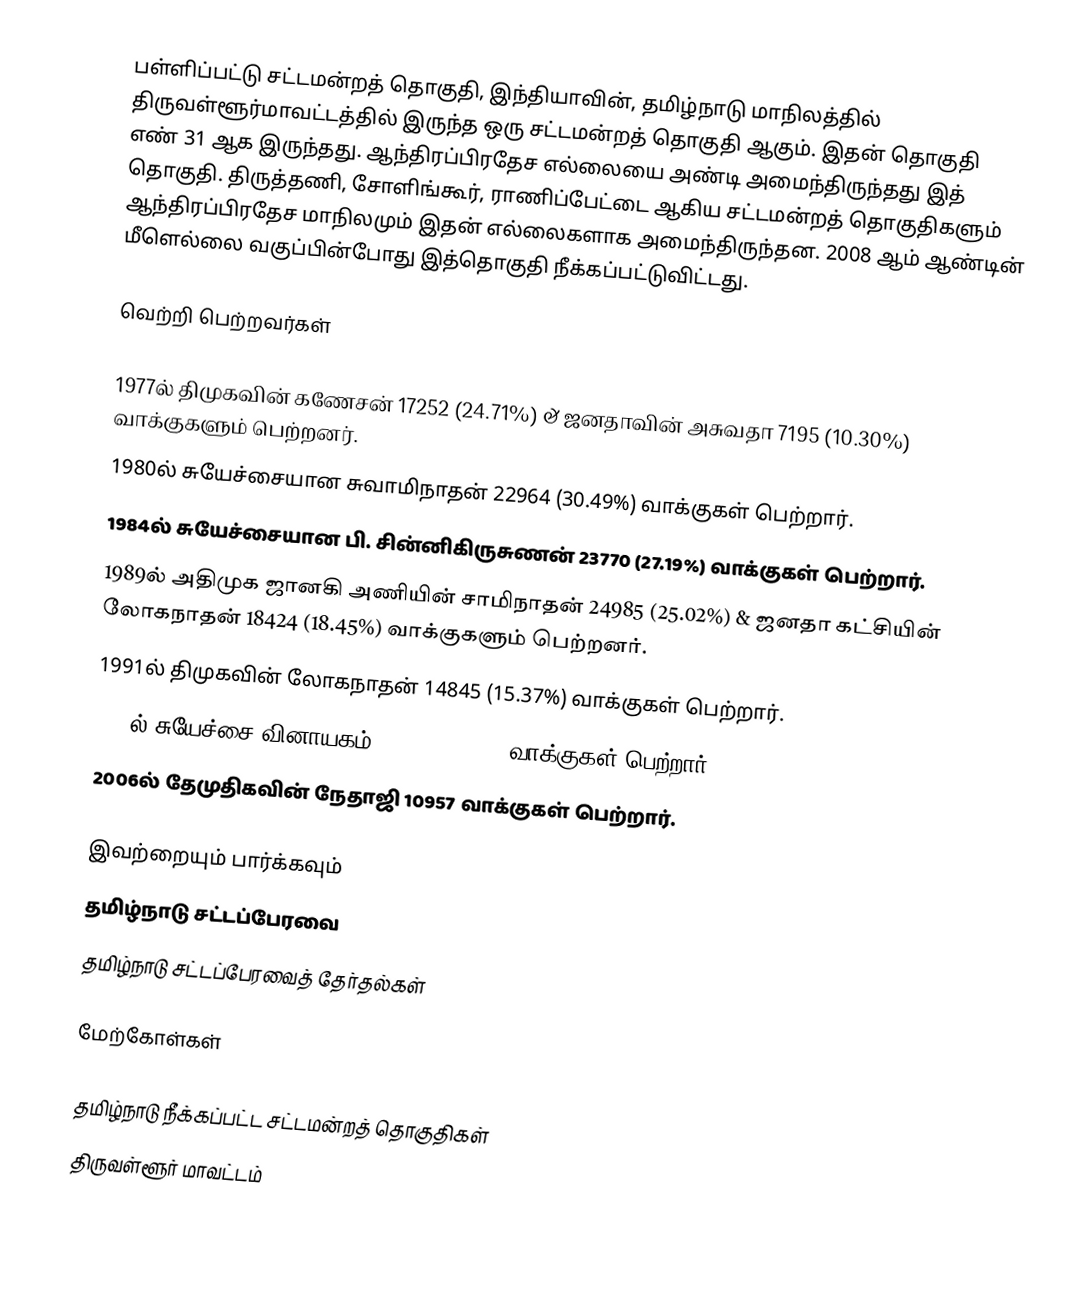
பள்ளிப்பட்டு சட்டமன்றத் தொகுதி, இந்தியாவின், தமிழ்நாடு மாநிலத்தில்  திருவள்ளூர்மாவட்டத்தில் இருந்த ஒரு சட்டமன்றத் தொகுதி ஆகும். இதன் தொகுதி எண் 31 ஆக இருந்தது. ஆந்திரப்பிரதேச எல்லையை அண்டி அமைந்திருந்தது இத் தொகுதி. திருத்தணி, சோளிங்கூர், ராணிப்பேட்டை ஆகிய சட்டமன்றத் தொகுதிகளும் ஆந்திரப்பிரதேச மாநிலமும் இதன் எல்லைகளாக அமைந்திருந்தன. 2008 ஆம் ஆண்டின் மீளெல்லை வகுப்பின்போது இத்தொகுதி நீக்கப்பட்டுவிட்டது.

வெற்றி பெற்றவர்கள்

1977ல் திமுகவின் கணேசன் 17252 (24.71%) & ஜனதாவின் அசுவதா 7195 (10.30%) வாக்குகளும் பெற்றனர்.
1980ல் சுயேச்சையான சுவாமிநாதன் 22964 (30.49%) வாக்குகள் பெற்றார்.
1984ல் சுயேச்சையான பி. சின்னிகிருசுணன் 23770 (27.19%) வாக்குகள் பெற்றார்.
1989ல் அதிமுக ஜானகி அணியின் சாமிநாதன் 24985 (25.02%) & ஜனதா கட்சியின் லோகநாதன் 18424 (18.45%) வாக்குகளும் பெற்றனர்.
1991ல் திமுகவின் லோகநாதன் 14845 (15.37%) வாக்குகள் பெற்றார்.
2001ல் சுயேச்சை வினாயகம் 26081 (20.69%) வாக்குகள் பெற்றார்.
2006ல்  தேமுதிகவின் நேதாஜி 10957 வாக்குகள் பெற்றார்.

இவற்றையும் பார்க்கவும்
 தமிழ்நாடு சட்டப்பேரவை
 தமிழ்நாடு சட்டப்பேரவைத் தேர்தல்கள்

மேற்கோள்கள்

தமிழ்நாடு நீக்கப்பட்ட சட்டமன்றத் தொகுதிகள்
திருவள்ளூர் மாவட்டம்